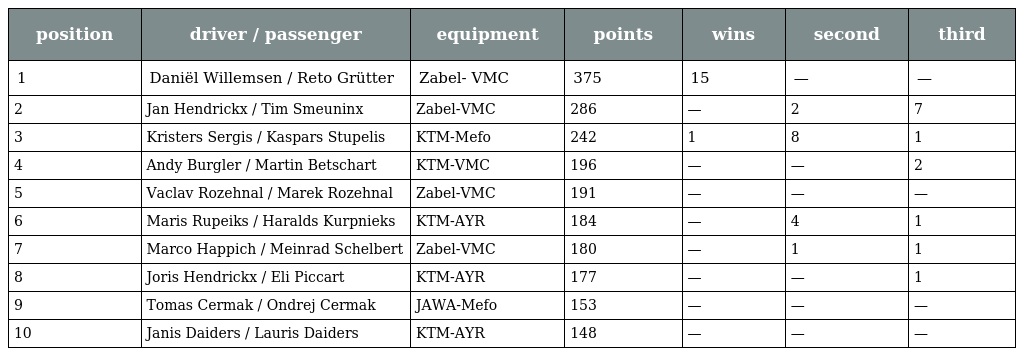
| position | driver / passenger | equipment | points | wins | second | third |
 | --- | --- | --- | --- | --- | --- | --- |
 | 1 | Daniël Willemsen / Reto Grütter | Zabel- VMC | 375 | 15 | — | — |
 | 2 | Jan Hendrickx / Tim Smeuninx | Zabel-VMC | 286 | — | 2 | 7 |
 | 3 | Kristers Sergis / Kaspars Stupelis | KTM-Mefo | 242 | 1 | 8 | 1 |
 | 4 | Andy Burgler / Martin Betschart | KTM-VMC | 196 | — | — | 2 |
 | 5 | Vaclav Rozehnal / Marek Rozehnal | Zabel-VMC | 191 | — | — | — |
 | 6 | Maris Rupeiks / Haralds Kurpnieks | KTM-AYR | 184 | — | 4 | 1 |
 | 7 | Marco Happich / Meinrad Schelbert | Zabel-VMC | 180 | — | 1 | 1 |
 | 8 | Joris Hendrickx / Eli Piccart | KTM-AYR | 177 | — | — | 1 |
 | 9 | Tomas Cermak / Ondrej Cermak | JAWA-Mefo | 153 | — | — | — |
 | 10 | Janis Daiders / Lauris Daiders | KTM-AYR | 148 | — | — | — |